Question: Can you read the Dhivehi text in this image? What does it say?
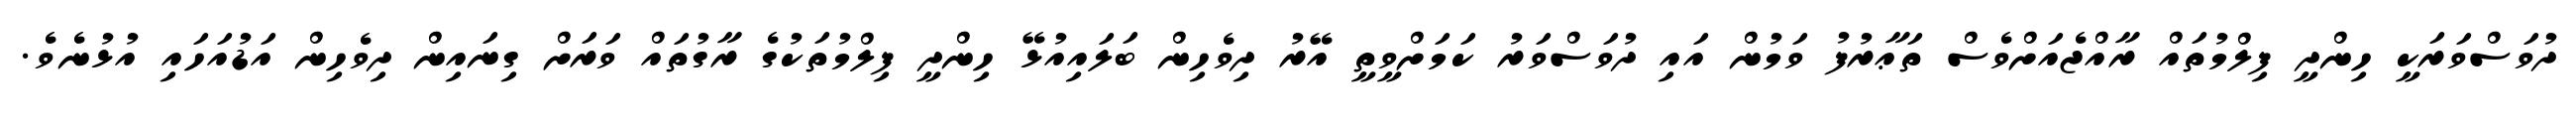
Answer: ދުވަސްވަރަކީ ހިންދީ ފިލްމުތައް ރާއްޖެއަށްވެސް ތަޢާރުފު ވަމުން އައި ދުވަސްވަރު ކަމަށްވީތީ އޭރު ދިވެހިން ބަލައިއުޅޭ ހިންދީ ފިލްމުތަކުގެ ރާގުތައް ވަރަށް ގިނައިން ދިވެހިން އަޑުއަހައި އުޅުނެވެ.